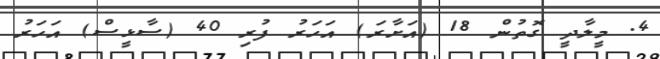
4. މީލާދީ ގޮތުން 18 (އަށާރަ) އަހަރު ފުރި 40 (ސާޅީސް) އަހަރު